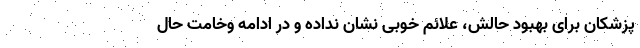
پزشکان برای بهبود حالش، علائم خوبی نشان نداده و در ادامه وخامت حال